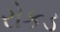
રોકડ